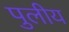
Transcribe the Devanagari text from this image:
पुलीय